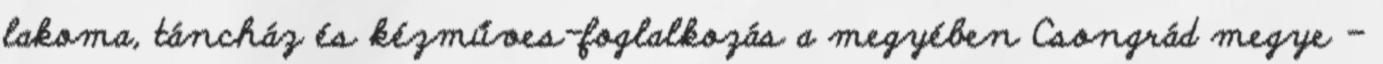
lakoma, táncház és kézműves-foglalkozás a megyében Csongrád megye -